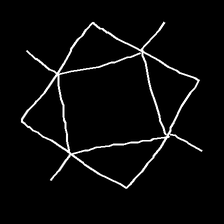
Glyph: light